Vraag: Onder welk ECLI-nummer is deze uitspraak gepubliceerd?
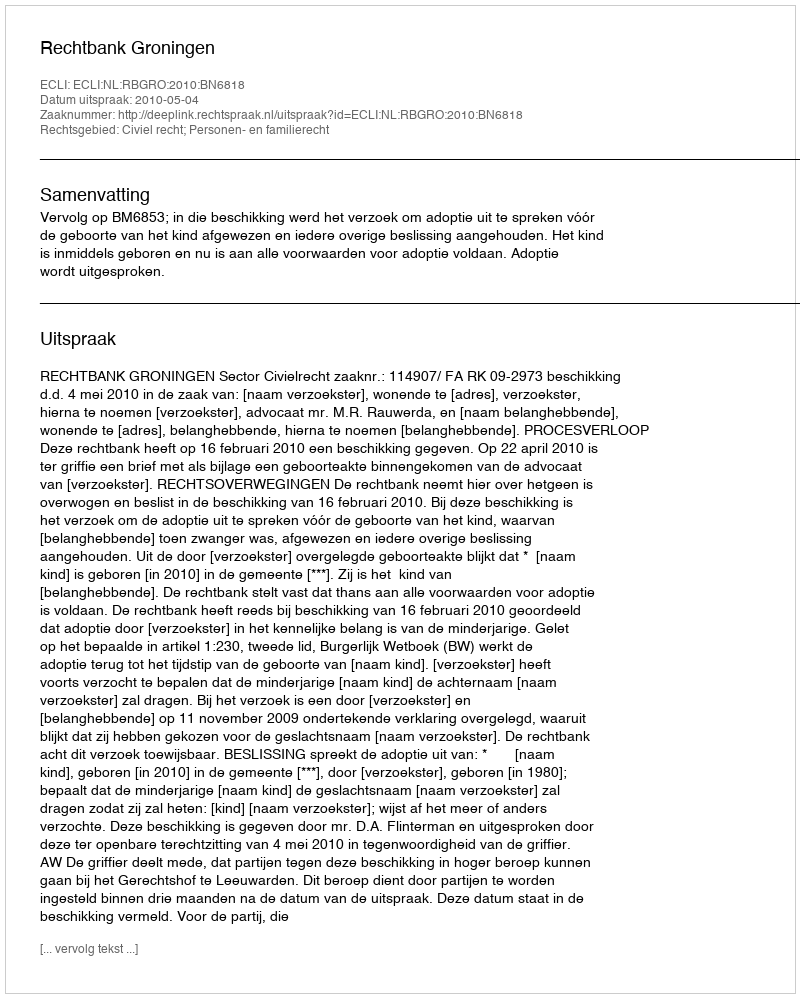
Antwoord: ECLI:NL:RBGRO:2010:BN6818